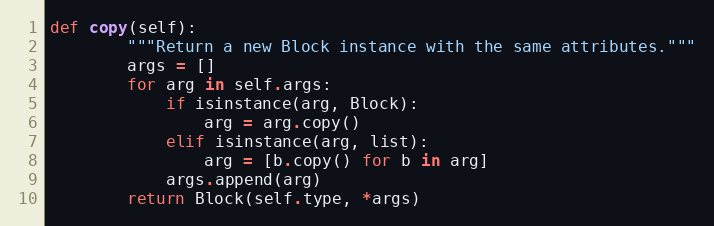
Language: Python
def copy(self):
        """Return a new Block instance with the same attributes."""
        args = []
        for arg in self.args:
            if isinstance(arg, Block):
                arg = arg.copy()
            elif isinstance(arg, list):
                arg = [b.copy() for b in arg]
            args.append(arg)
        return Block(self.type, *args)